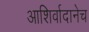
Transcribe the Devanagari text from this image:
आशिर्वादानेच